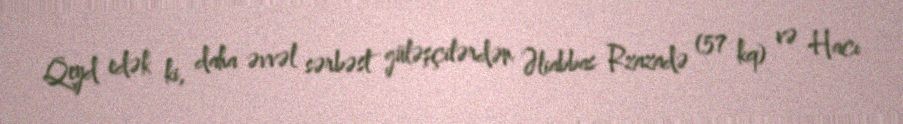
Qeyd edək ki, daha əvvəl sərbəst güləşçilərdən Əliabbas Rzazadə (57 kq) və Hacı